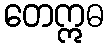
တေဣဓ